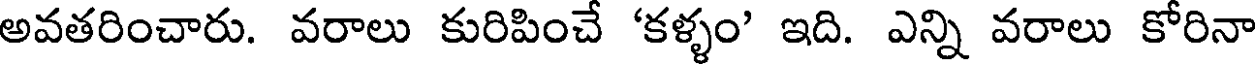
అవతరించారు. వరాలు కురిపించే 'కళ్ళం' ఇది. ఎన్ని వరాలు కోరినా